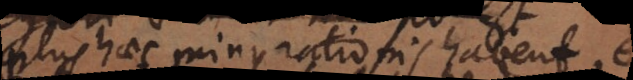
plus haec minus rationis habent,